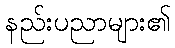
နည်းပညာများ၏